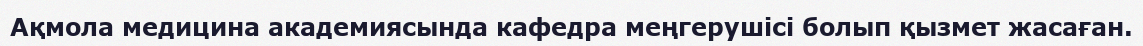
Ақмола медицина академиясында кафедра меңгерушісі болып қызмет жасаған.